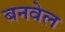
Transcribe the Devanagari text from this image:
बनवेल